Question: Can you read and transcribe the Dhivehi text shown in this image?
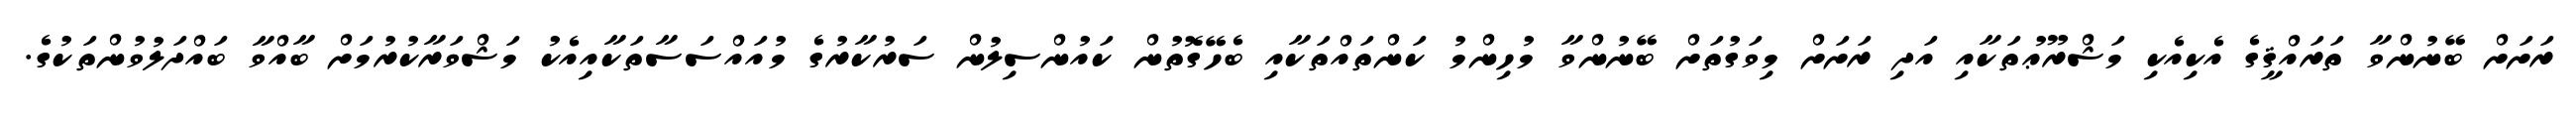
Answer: ރަށަށް ބޭނުންވާ ތަރައްޤީގެ އެކިއެކި މަޝްރޫޢުތަކާއި އަދި ރަށަށް މިވަގުތަށް ބޭނުންވާ މުހިންމު ކަންތައްތަކާއި ބެހޭގޮތުން ކައުންސިލުން ސަރުކާރުގެ މުއައްސަސާތަކާއިއެކު މަޝްވަރާކުރުމަށް ބާއްވާ ބައްދަލުވުންތަކުގެ.